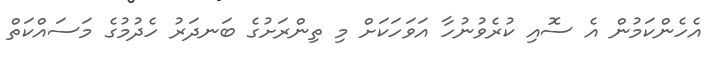
އެހެންކަމުން އެ ސޮއި ކުރެވުނުހާ އަވަހަކަށް މި ތިންރަށުގެ ބަނދަރު ހެދުމުގެ މަސައްކަތް